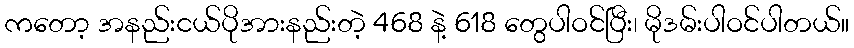
ကတော့ အနည်းငယ်ပိုအားနည်းတဲ့ 468 နဲ့ 618 တွေပါဝင်ပြီး၊ မိုဒမ်းပါဝင်ပါတယ်။